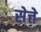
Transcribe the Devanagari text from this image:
सेत्ते